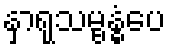
နှာရုသမ္ဗန္ဓံပေ